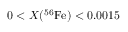
0 < X ( ^ { 5 6 } \mathrm { F e } ) < 0 . 0 0 1 5